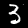
Label: 3